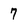
Character: 7